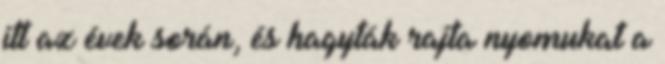
itt az évek során, és hagyták rajta nyomukat a